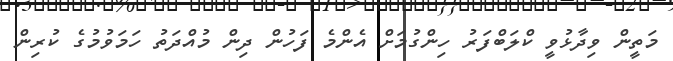
މަތީން ވިދާޅުވީ ކްލަބްފަރު ހިންގުމަށް އެންމެ ފަހުން ދިން މުއްދަތު ހަމަވުމުގެ ކުރިން